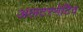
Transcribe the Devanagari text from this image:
अलटरनेटिव